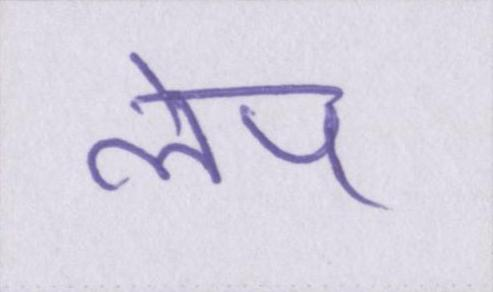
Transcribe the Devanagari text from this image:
लेप